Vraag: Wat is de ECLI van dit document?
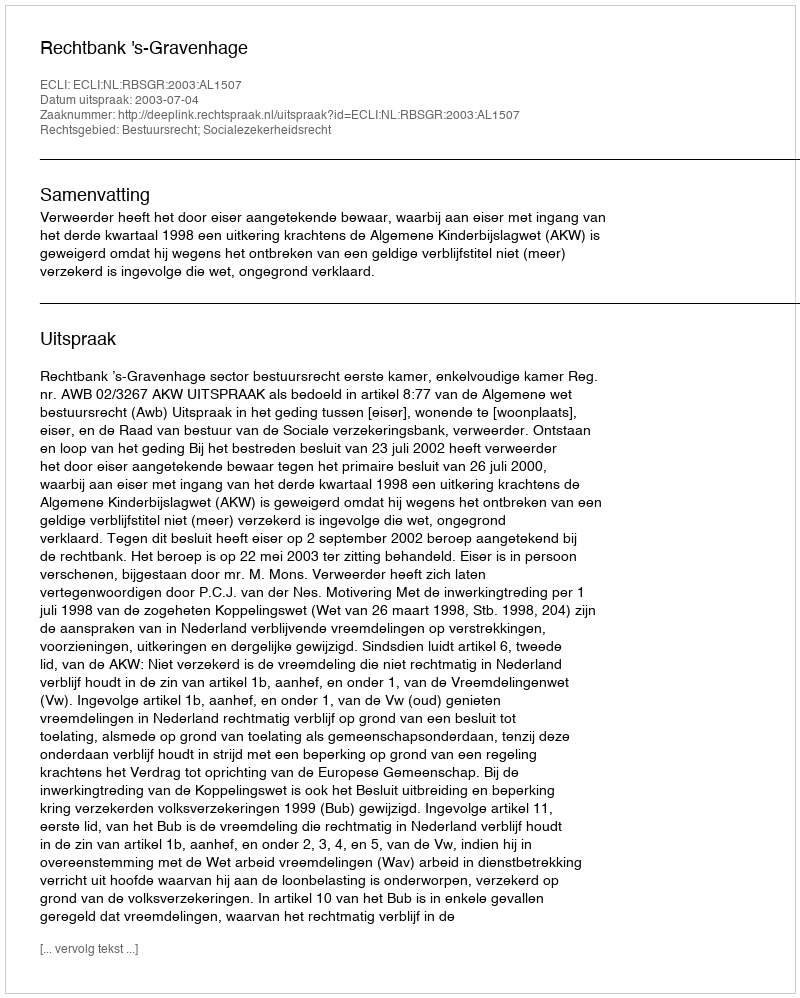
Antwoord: ECLI:NL:RBSGR:2003:AL1507